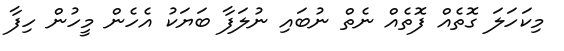
މިކަހަލަ ގޮތެއް ފޮތެއް ނެތް ނުބައި ނުލަފާ ބަޔަކު އެހެން މީހުން ހިފާ